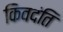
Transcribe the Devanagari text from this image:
किवदंति